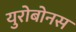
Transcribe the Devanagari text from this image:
युरोबोनस